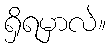
ရှိရမှာလဲ။